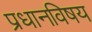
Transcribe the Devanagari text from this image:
प्रधानविषय